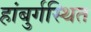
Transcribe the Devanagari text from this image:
हांबुर्गस्थित